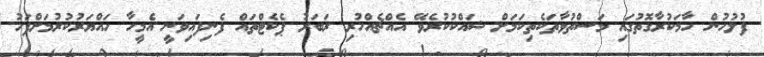
ފުލުހުން ހާމަކުރާގޮތުގައި މަސްތުވާތަކެތިކަމަށް ޝައްކުކުރެވޭ އެއްޗެއްހުރި ރަބަރު ޕެކެޓްތައް ފެނިފައިވަނީ އެމީހާ ހައްޔަރުކުރުމަށްފަހު